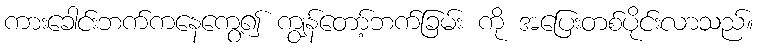
ကားခေါင်းဘက်ကနေကွေ့၍ ကျွန်တော့်ဘက်ခြမ်း ကို အပြေးတစ်ပိုင်းလာသည်။